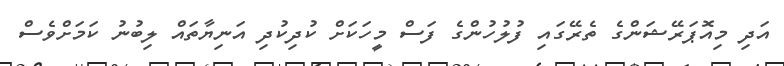
އަދި މިއޮޕަރޭޝަންގެ ތެރޭގައި ފުލުހުންގެ ފަސް މީހަކަށް ކުދިކުދި އަނިޔާތައް ލިބުނު ކަމަށްވެސް